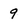
Character: 9